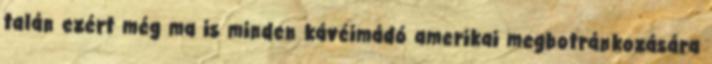
talán ezért még ma is minden kávéimádó amerikai megbotránkozására